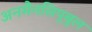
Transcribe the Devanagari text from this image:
अनमैनसिपूबुल